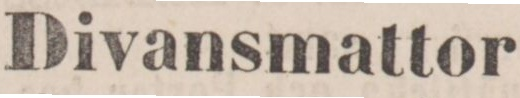
Divansmattor